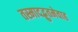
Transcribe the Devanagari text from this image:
तस्मादद्भुतमेवाह